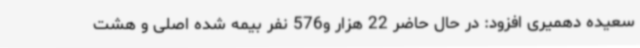
سعیده دهمیری افزود: در حال حاضر 22 هزار و576 نفر بیمه شده اصلی و هشت